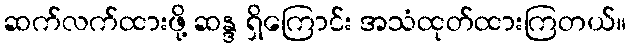
ဆက်လက်ထားဖို့ ဆန္ဒ ရှိကြောင်း အသံထုတ်ထားကြတယ်။